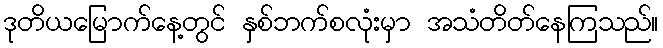
ဒုတိယမြောက်နေ့တွင် နှစ်ဘက်စလုံးမှာ အသံတိတ်နေကြသည်။